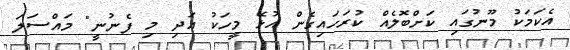
އެކަމަކު މޫނުގައި ކަށްބޮލެއް ކުރަހައިގެން އުޅޭ މީހަކު އަދި މި ފެނުނީ" މައްސަލަ